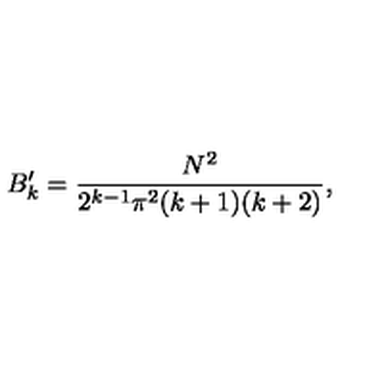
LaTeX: B _ { k } ^ { \prime } = { \frac { N ^ { 2 } } { 2 ^ { k - 1 } \pi ^ { 2 } ( k + 1 ) ( k + 2 ) } } ,